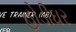
હોડીઘર